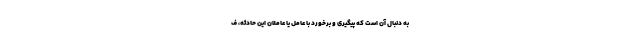
به دنبال آن است که پیگیری و برخورد با عامل یا عاملان این حادثه، ف